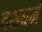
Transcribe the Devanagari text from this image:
दशधर्म